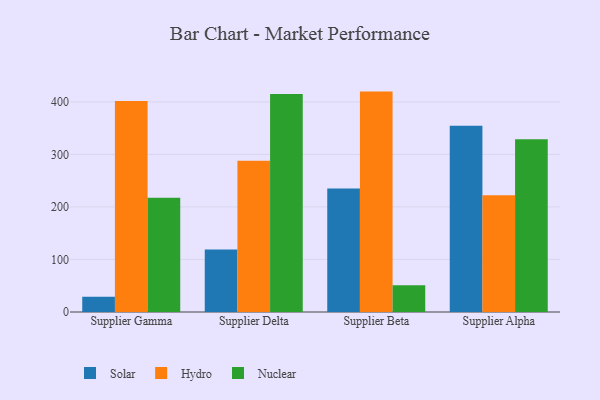
{"axis": {"x": "Supplier", "y": "Customer Acquisition Cost (USD)"}, "legend": ["Hydro", "Nuclear", "Solar"], "data": [{"x": "Supplier Gamma", "y": 29.1, "type": "Solar"}, {"x": "Supplier Gamma", "y": 401.5, "type": "Hydro"}, {"x": "Supplier Gamma", "y": 217.6, "type": "Nuclear"}, {"x": "Supplier Delta", "y": 119.1, "type": "Solar"}, {"x": "Supplier Delta", "y": 287.8, "type": "Hydro"}, {"x": "Supplier Delta", "y": 414.9, "type": "Nuclear"}, {"x": "Supplier Beta", "y": 235.3, "type": "Solar"}, {"x": "Supplier Beta", "y": 419.6, "type": "Hydro"}, {"x": "Supplier Beta", "y": 51.0, "type": "Nuclear"}, {"x": "Supplier Alpha", "y": 354.5, "type": "Solar"}, {"x": "Supplier Alpha", "y": 222.1, "type": "Hydro"}, {"x": "Supplier Alpha", "y": 328.8, "type": "Nuclear"}]}